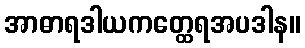
အာဓာရဒါယကတ္ထေရအပဒါန။